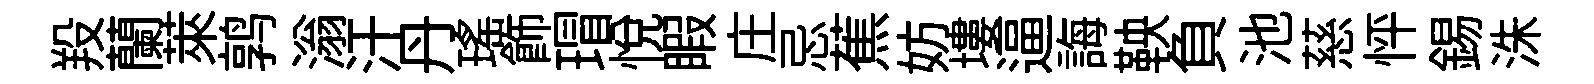
羖蘭萊鹑滃汗丹瑤飾瑁悅睱庄忌蕉妨塿逼誨鞅負池慈怦錫洙